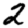
Digit: 2